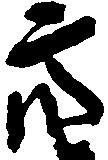
亮